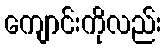
ကျောင်းကိုလည်း